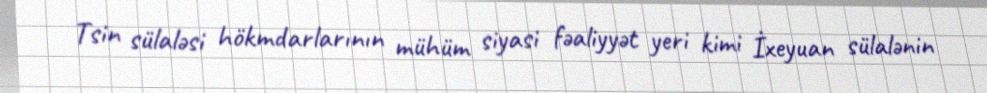
Tsin sülaləsi hökmdarlarının mühüm siyasi fəaliyyət yeri kimi İxeyuan sülalənin